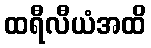
ထရီလီယံအထိ